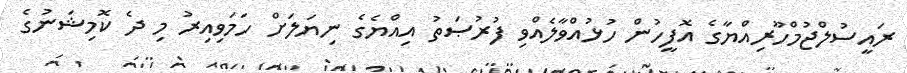
ރައީސުލްޖުމްހޫރިއްޔާގެ އޮފީހުން ހުޅުއްވާލެއްވި ފުރުޞަތު އިއްޔެގެ ނިޔަލަށް ހަމަވިއިރު މި ދެ ކޮމިޝަނުގެ